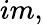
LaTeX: im,